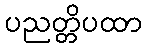
ပညတ္တိပထာ